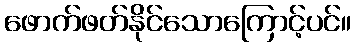
ဖောက်ဖတ်နိုင်သောကြောင့်ပင်။